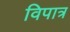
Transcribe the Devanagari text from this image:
विपात्र